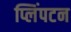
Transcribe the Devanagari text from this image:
प्लिंपटन